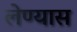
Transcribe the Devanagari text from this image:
लेण्यास